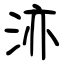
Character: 洂